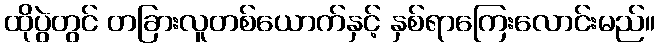
ထိုပွဲတွင် တခြားလူတစ်ယောက်နှင့် နှစ်ရာကြေးလောင်းမည်။